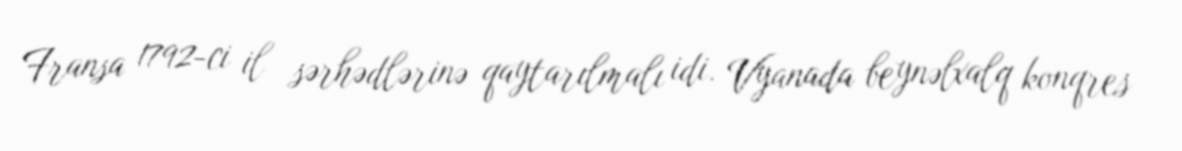
Fransa 1792-ci il sərhədlərinə qaytarılmalı idi. Vyanada beynəlxalq konqres